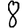
Digit: 8